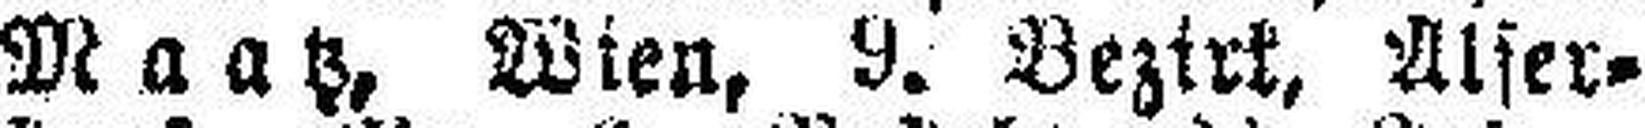
Maatz, Wien, 9. Bezirk, Alser¬